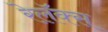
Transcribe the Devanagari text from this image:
रेलॅक्स